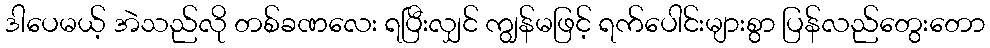
ဒါပေမယ့် အဲသည်လို တစ်ခဏလေး ရပြီးလျှင် ကျွန်မဖြင့် ရက်ပေါင်းများစွာ ပြန်လည်တွေးတော